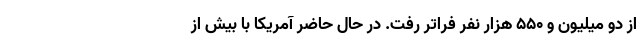
از دو میلیون و ۵۵۰ هزار نفر فراتر رفت. در حال حاضر آمریکا با بیش از